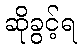
ဆိုခွင့်ရ